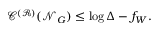
\mathscr { C } ^ { ( \mathcal { R } ) } ( \mathcal { N } _ { G } ) \leq \log \Delta - f _ { W } .